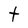
Character: t